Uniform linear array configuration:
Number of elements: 16
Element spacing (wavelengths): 1
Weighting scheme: blackman
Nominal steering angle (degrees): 30
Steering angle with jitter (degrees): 28.219
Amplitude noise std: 0.05
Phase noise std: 0.05

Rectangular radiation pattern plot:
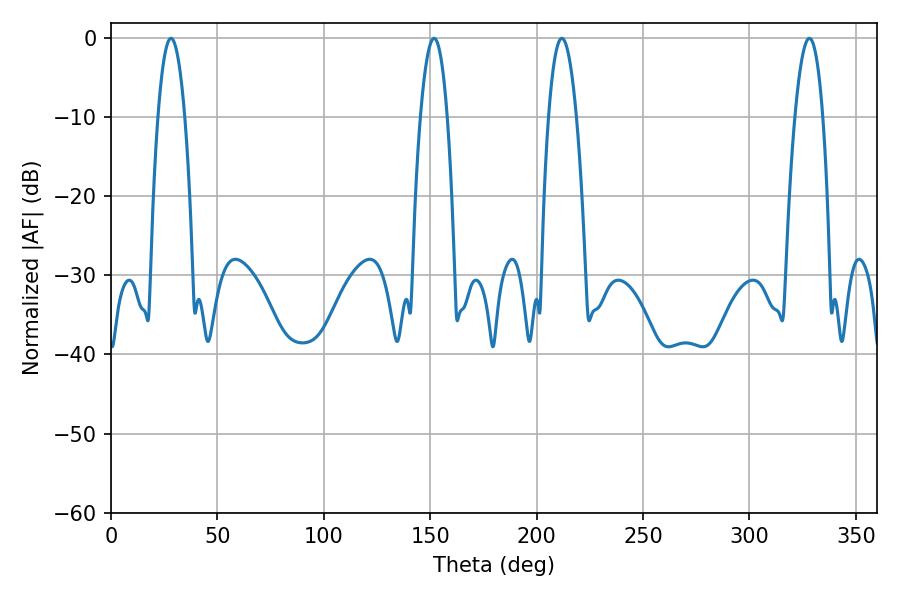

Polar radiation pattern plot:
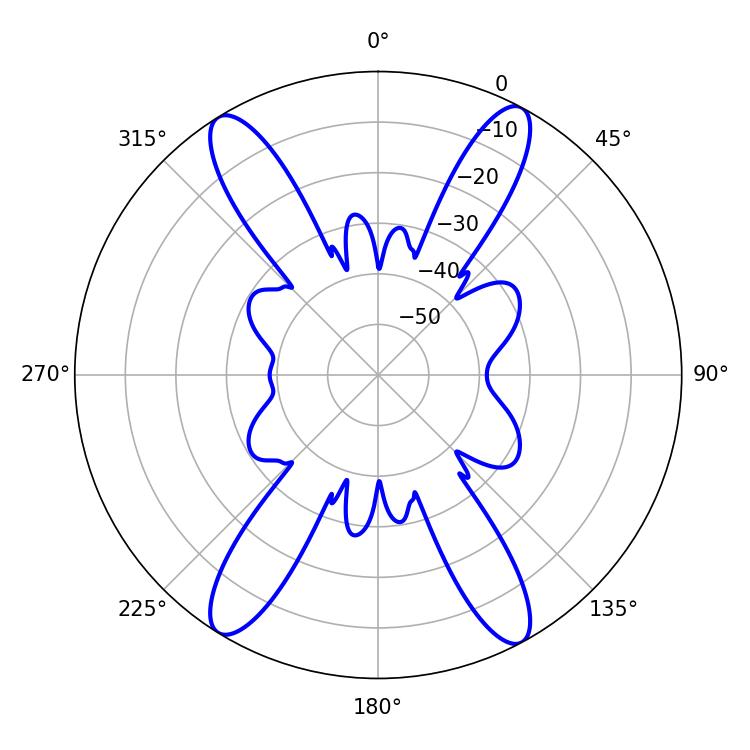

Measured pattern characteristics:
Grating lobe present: TRUE
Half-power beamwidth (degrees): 7.2
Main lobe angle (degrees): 211.86